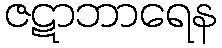
ဇဋာဘာရေန